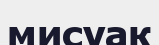
мисуак